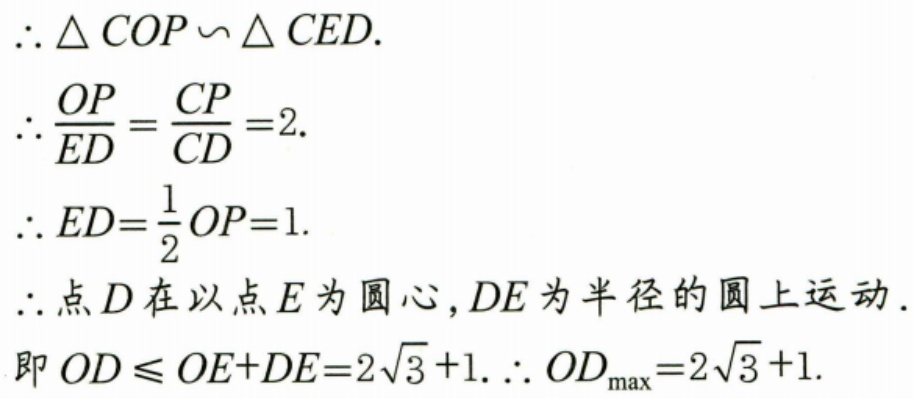
\(\therefore\triangle COP\backsim\triangle CED\).
\(\therefore\frac{OP}{ED}=\frac{CP}{CD}=2\).
\(\therefore ED=\frac{1}{2}OP = 1\).
\(\therefore\)点\(D\)在以点\(E\)为圆心，\(DE\)为半径的圆上运动.
即\(OD\leqslant OE + DE=2\sqrt{3}+1\). \(\therefore OD_{\max}=2\sqrt{3}+1\).